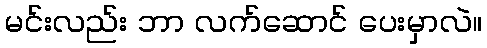
မင်းလည်း ဘာ လက်ဆောင် ပေးမှာလဲ။